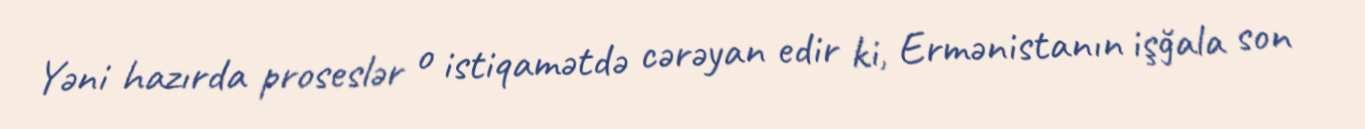
Yəni hazırda proseslər o istiqamətdə cərəyan edir ki, Ermənistanın işğala son